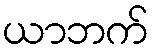
ယာဘက်